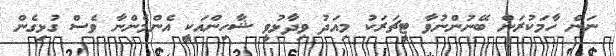
ނަން ހާމަކުރަން ބޭނުންނުވާ ޓީޗަރަކު މިއަދު ވިދާޅުވީ ޝާހިންއަކީ އެންމެންނާ ވެސް ގުޅިގެން